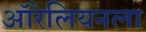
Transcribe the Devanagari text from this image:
ऑरेलियनला